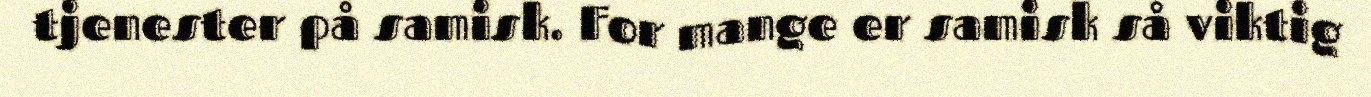
tjenester på samisk. For mange er samisk så viktig